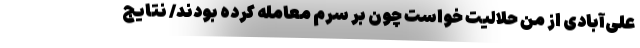
علی‌آبادی از من حلالیت خواست چون بر سرم معامله کرده بودند/ نتایج